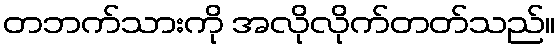
တဘက်သားကို အလိုလိုက်တတ်သည်။